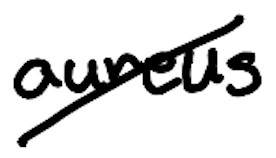
Text: aureus
Cross-out: diagonal
Writing tool: digital_black